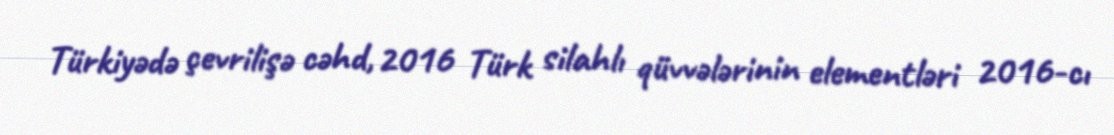
Türkiyədə çevrilişə cəhd, 2016 Türk silahlı qüvvələrinin elementləri 2016-cı